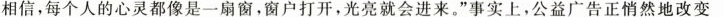
相信，每个人的心灵都像是一扇窗，窗户打开，光亮就会进来。”事实上，公益广告正悄然地改变